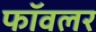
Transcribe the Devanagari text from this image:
फॉवलर